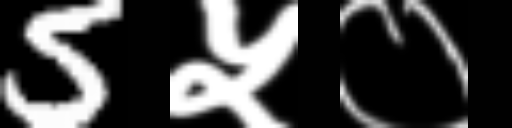
Text: 5५०